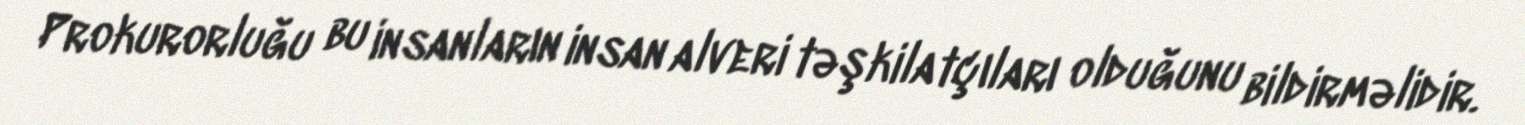
Prokurorluğu bu insanların insan alveri təşkilatçıları olduğunu bildirməlidir.